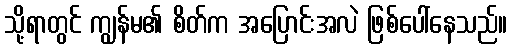
သို့ရာတွင် ကျွန်မ၏ စိတ်က အပြောင်းအလဲ ဖြစ်ပေါ်နေသည်။